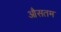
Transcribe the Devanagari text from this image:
औसतम